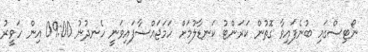
ނޯޓިސްގައި ބުނެފައިވާ ގޮތުން ކަރަންޓު ކަނޑާލުމަށް ހަމަޖައްސާފައިވަނީ ހެނދުނު 09:00 އިން ހަވީރު